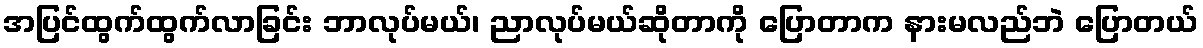
အပြင်ထွက်ထွက်လာခြင်း ဘာလုပ်မယ်၊ ညာလုပ်မယ်ဆိုတာကို ပြောတာက နားမလည်ဘဲ ပြောတယ်